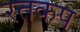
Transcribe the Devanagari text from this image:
रतकप